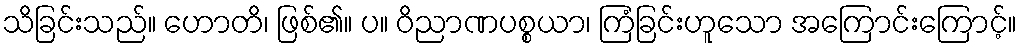
သိခြင်းသည်။ ဟောတိ၊ ဖြစ်၏။ ပ။ ဝိညာဏပစ္စယာ၊ ကြံခြင်းဟူသော အကြောင်းကြောင့်။